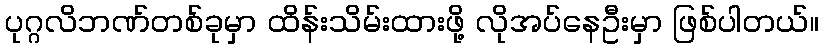
ပုဂ္ဂလိဘဏ်တစ်ခုမှာ ထိန်းသိမ်းထားဖို့ လိုအပ်နေဦးမှာ ဖြစ်ပါတယ်။